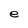
Character: e